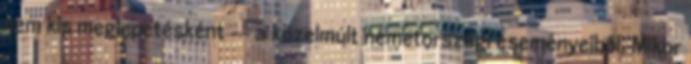
nem kis meglepetésként -- a közelmúlt németországi eseményeiből. Mikor